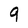
Character: 9